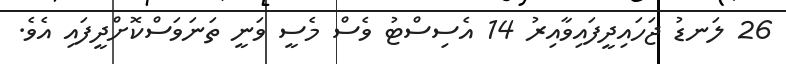
26 ލަނޑު ޖަހައިދީފައިވާއިރު 14 އެސިސްޓު ވެސް މެސީ ވަނީ ތަނަވަސްކޮށްދީފައި އެވެ.